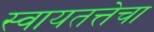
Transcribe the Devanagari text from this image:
स्वायतत्तेचा